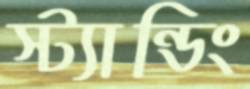
স্ট্যান্ডিং